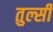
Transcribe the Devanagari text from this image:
तुल्सी